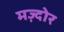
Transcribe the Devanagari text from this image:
मज़्दोर